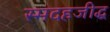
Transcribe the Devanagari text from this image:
स्मदहजीद्ध